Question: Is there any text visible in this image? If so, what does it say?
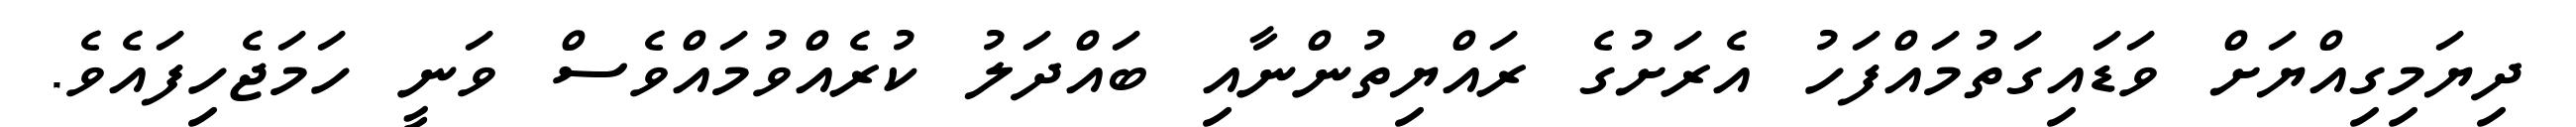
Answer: ދިޔަމިގިއްޔަށް ވަޑައިގަތުމައްފަހު އެރަށުގެ ރައްޔިތުންނާއި ބައްދަލު ކުރެއްވުމައްވެސް ވަނީ ހަމަޖެހިފައެވެ.